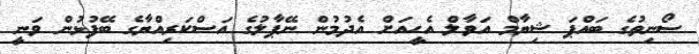
ސޯނިތުގެ ބައްޕަ ޝިޔާމް އަވާލް އެހީއަށް އެދުމުން ނޭޕާލުގެ އަސްކަރިއްޔާގެ ބޭފުޅުން ވަނީ